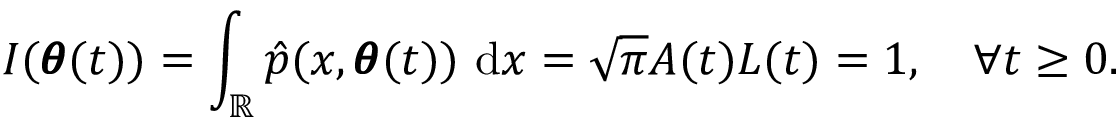
I ( \pmb \theta ( t ) ) = \int _ { \mathbb { R } } \hat { p } ( x , \pmb \theta ( t ) ) \ \mathrm d x = \sqrt { \pi } A ( t ) L ( t ) = 1 , \quad \forall t \geq 0 .